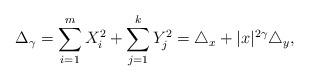
LaTeX: \begin{align*}\Delta_{\gamma}=\sum_{i=1}^{m}X_{i}^{2}+\sum_{j=1}^{k}Y_{j}^{2}=\triangle_{x}+|x|^{2\gamma}\triangle_{y},\end{align*}